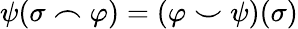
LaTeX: \psi(\sigma\frown\varphi)=(\varphi\smile\psi)(\sigma)